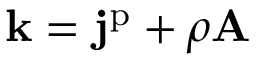
\mathbf { k } = \mathbf { j } ^ { \mathrm { p } } + \rho \mathbf { A }